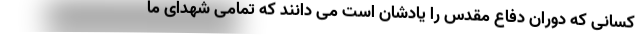
کسانی که دوران دفاع مقدس را یادشان است می دانند که تمامی شهدای ما